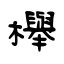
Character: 櫸